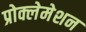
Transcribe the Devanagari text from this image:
प्रोक्लेमेशन